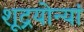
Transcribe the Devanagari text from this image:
शूद्रयोन्यां